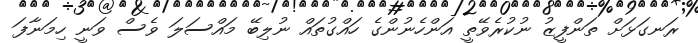
ރަނގަޅަށް ތަންފީޒު ނުކުރެވޭތީ އަންހެނުންގެ ހައްގުތައް ނުލިބޭ މައްސަލަ ވެސް ވަނީ ހިމަނާފަ